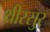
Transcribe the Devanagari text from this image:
थ्रीस्सुर